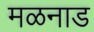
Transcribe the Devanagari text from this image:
मळनाड